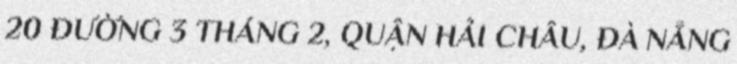
20 ĐƯỜNG 3 THÁNG 2, QUẬN HẢI CHÂU, ĐÀ NẴNG